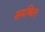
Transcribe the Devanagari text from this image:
समब्धित